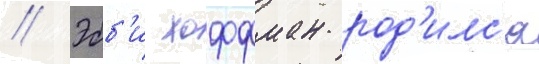
// Эбб'и хоффман род'илс'я